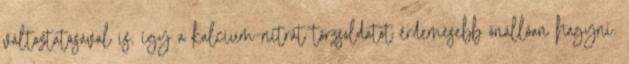
változtatásával is, így a kalcium-nitrát törzsoldatot érdemesebb önállóan hagyni.